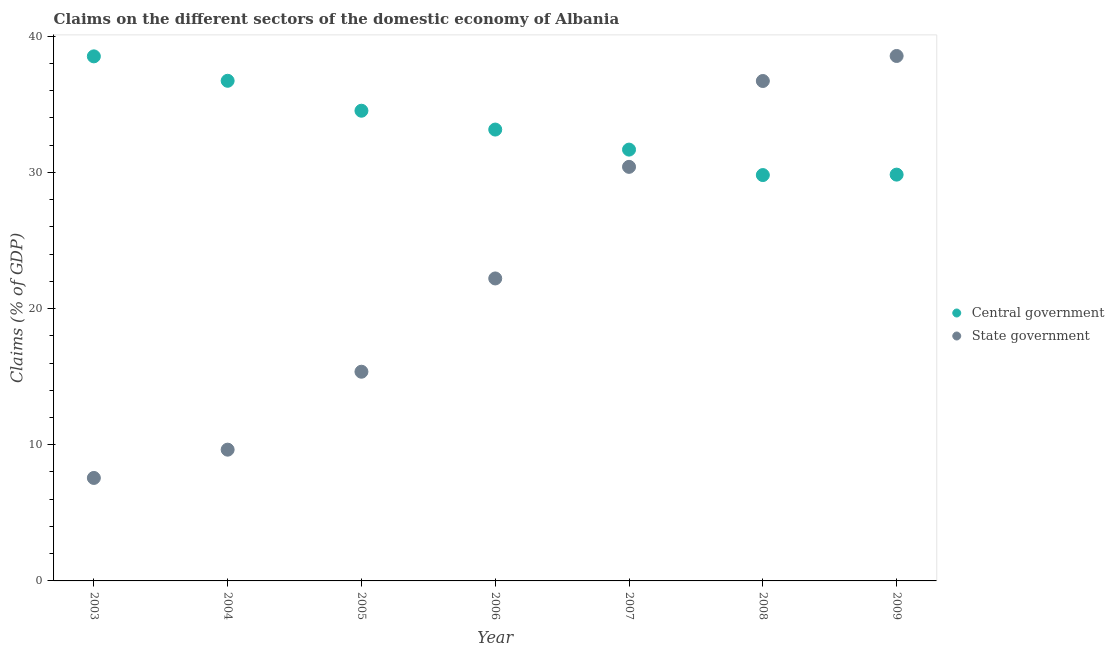
| Year | Central government | State government |
 | --- | --- | --- |
 | 2003 | 38.5 | 7.56 |
 | 2004 | 36.7 | 9.64 |
 | 2005 | 34.5 | 15.4 |
 | 2006 | 33.1 | 22.2 |
 | 2007 | 31.7 | 30.4 |
 | 2008 | 29.8 | 36.7 |
 | 2009 | 29.8 | 38.5 |